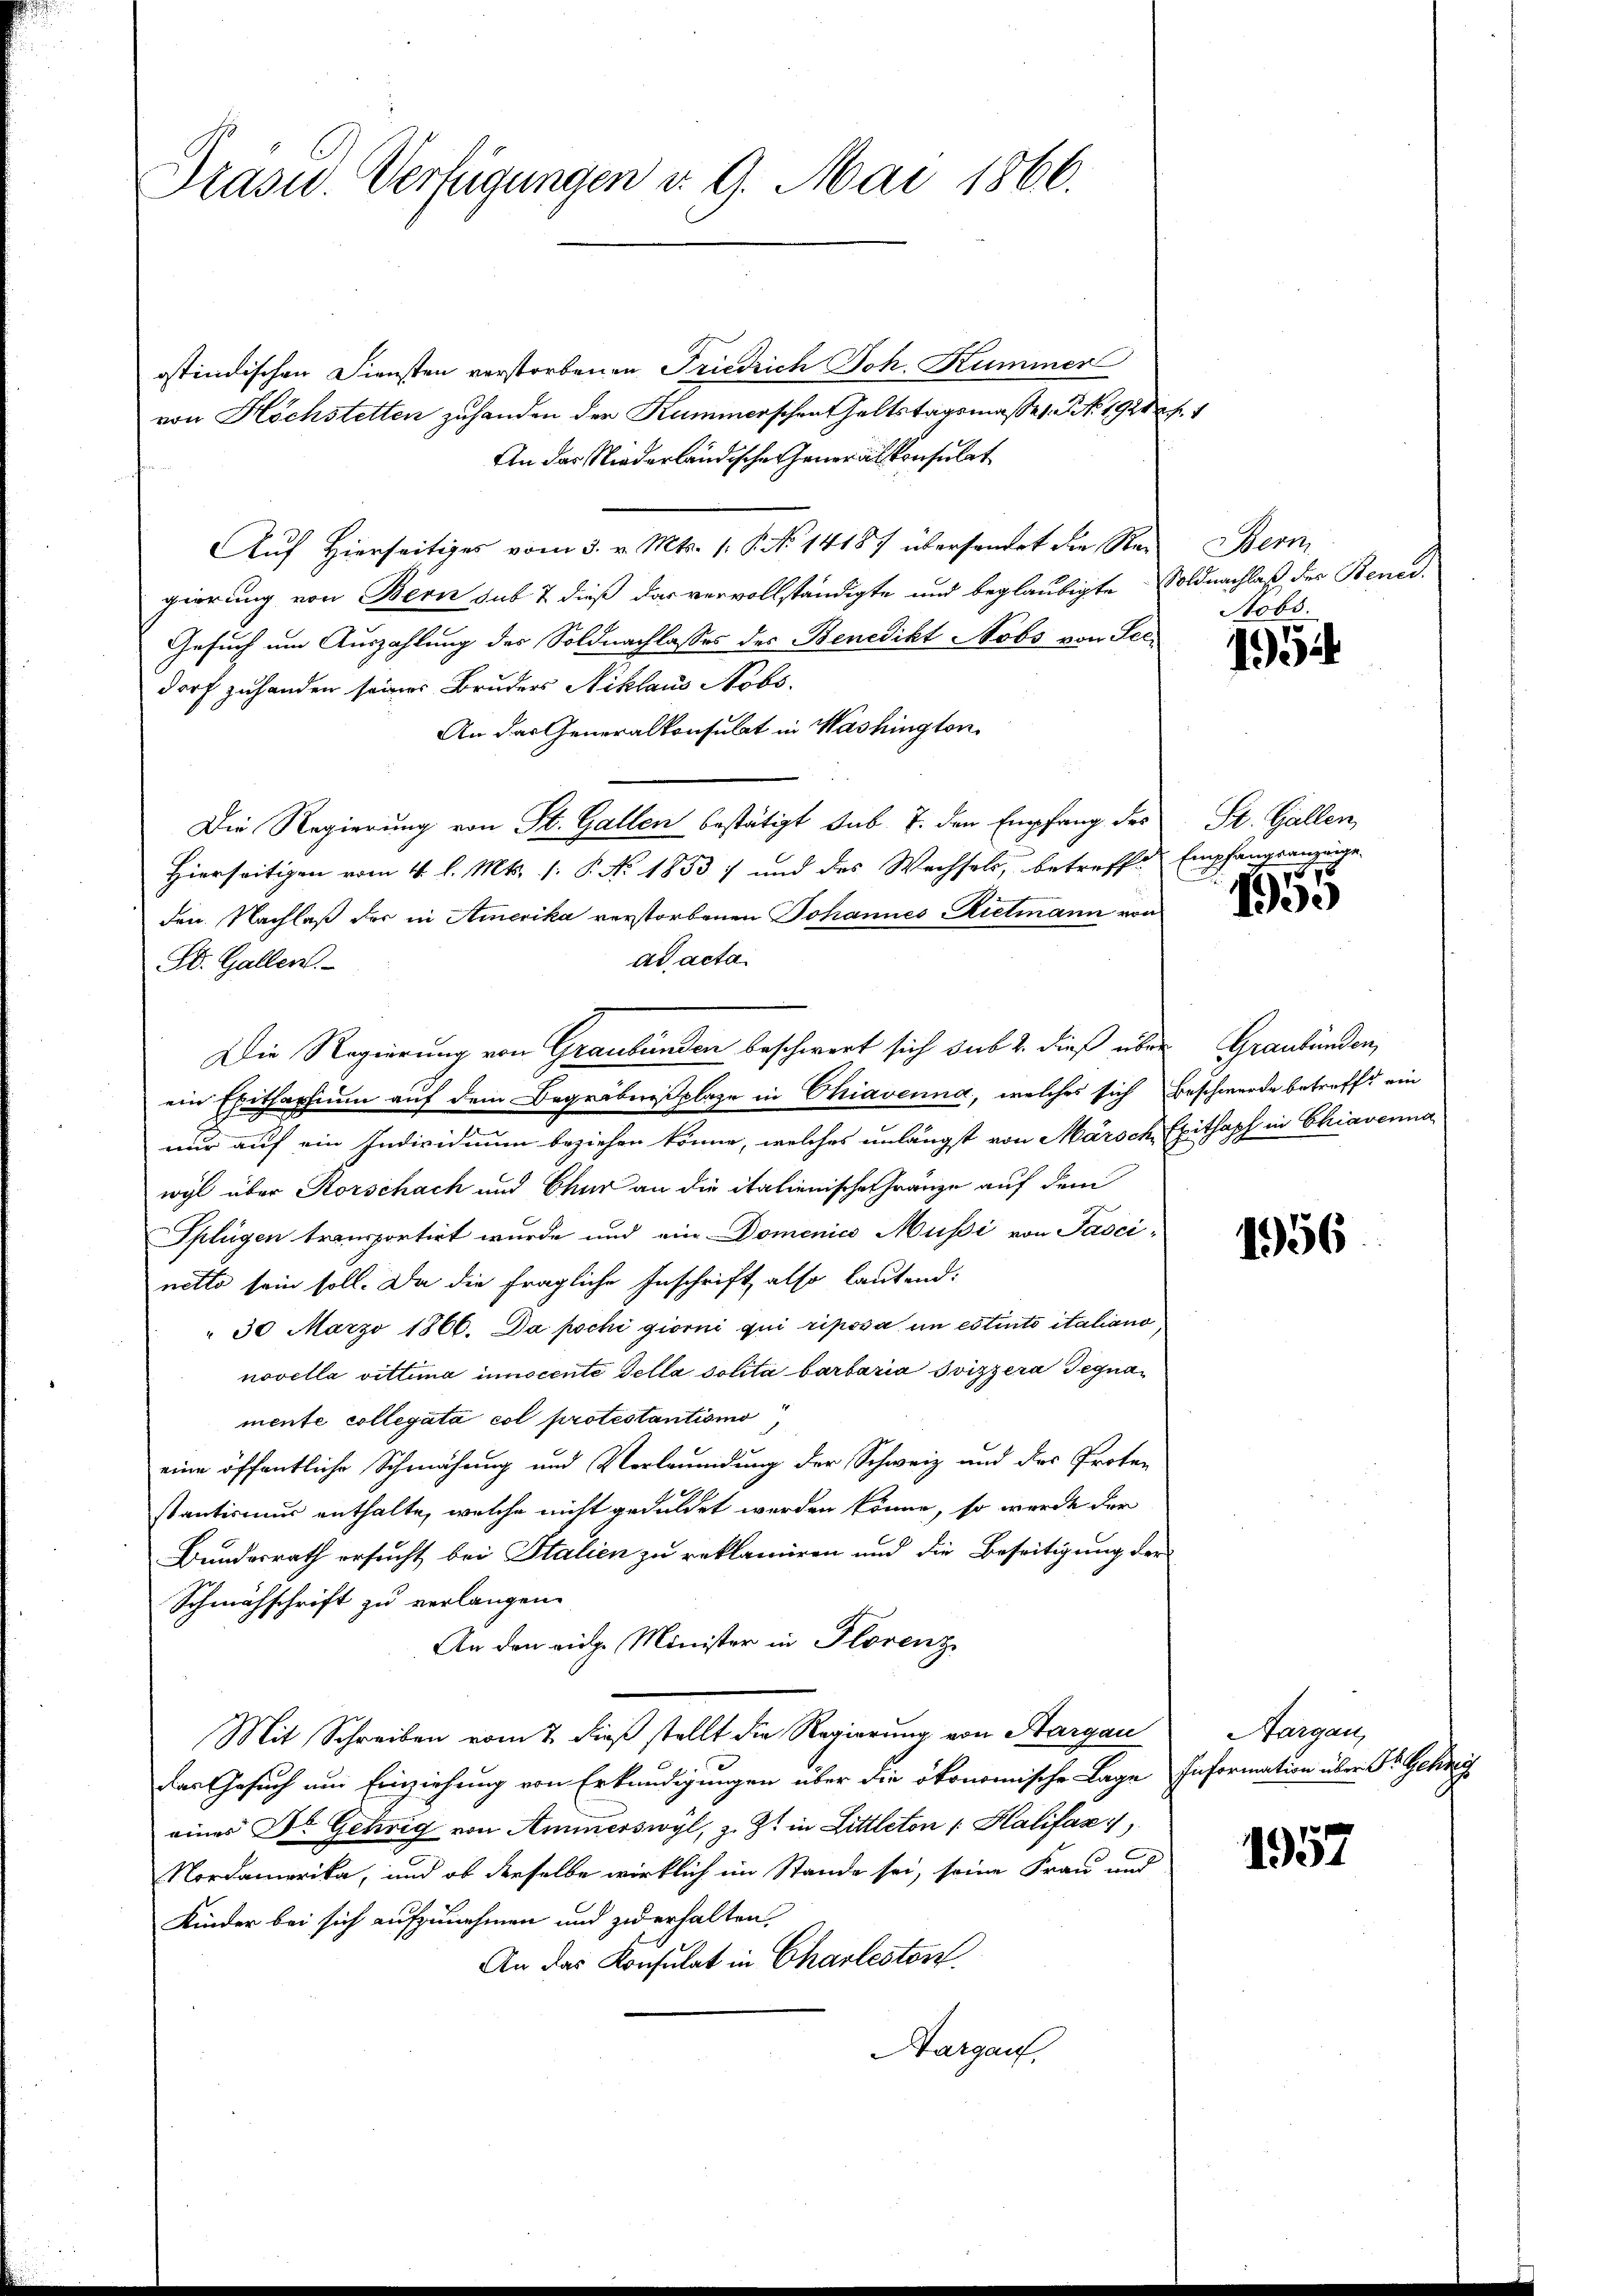
Drasu. Verfügungen d. 9. Mai 1866.

ostindischen Diensten verstorbenen Friedrich Joh. Kummer
von Höchstetten zuhanden der Kummerschrafhaltstagsmasses. S. 1928 f. 4
An das Niederländischen Generalkonsulat
Aŭf Hierseitiges vom 3. v. Mts. 1. P. No 14187 überhandet die Rei Bern
gierung von Bern sub 7 dieß das vervollständigte und beglaubigte Soldnachlaß der Bened
Gesuch um Auszahlung des Soldnachlasses des Benedikt Nobs von Seedorf zuhanden seiner Bruders Niklaus Nobs.
An das Generalkonsulat in Washington
Die Regierung von St. Gallen bestätigt, sub. 7. den Empfang des
Hierseitigen vom 4. l. Mts. 1. P. Nr. 1853 7 und des Wechsels, betreffe Empfangsanzeige
den Nachlaß der in Amerika verstorbenen Johannes Rietmann von
ad acta
d. Gallen.
Die Regierung von Graubünden beschwert sich sub 2. dieß über Graubünden,
ein Ehitherium auf dem Begräbensplage in Chiavenna, welches sich Beschwerde betreffe ein
nur auf ein Individium beziehen könne, welches unlängst von Märsch Exithaph in Chiavenna
wyl über Korschach und Chur an die italienische Gränze auf dem
Splügen transportirt wurde und ein Domenico Musi von Pasci-
netto sein soll. Da die fragliche Inschrift also lautend:
 30 März 1866. Da pochi giorni qui riposa in estiuto italiano
novella vittima innocente della Solita barbaria Svizzera Segnamente collegata col protestantismo
eine öffentliche Schmähung und Verwundung der Schweiz und der Protestantismus enthalte, welche nicht geduldet werden könne, so werde der
Bundesrath ersucht bei Stalien zu reklamiren und die Beseitigung der
Schmähschrift zu verlangen.
An den eige Minister in Florenz
Mit Schreiben vom 7. dieß stellt die Regierung von Aargau
das Gesuch um Einziehung von Erkundigungen über die ökonomische Lage Information über St. Gehre
eines Dr. Gehrig von Ammerswyl, z. Z. in Littleton Halifas
Nordamerika, und ob derselbe wirklich im Stande sei, seine Frau und
Kinder bei sich aufzunehmen und zu erhalten.
An das Konsulat in Charlestor
Aargau,

Stobs

1954

St. Gallen
187

1930

1956

Hargau,

1957